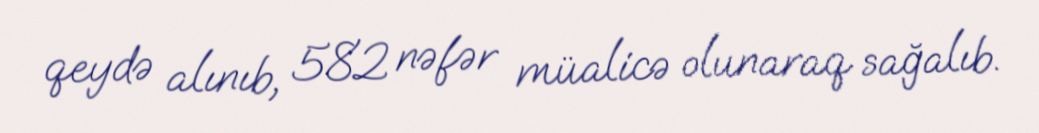
qeydə alınıb, 582 nəfər müalicə olunaraq sağalıb.